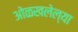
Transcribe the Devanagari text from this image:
ओळखलेल्या